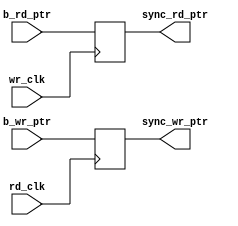
module Synchronizer (
    input wire wr_clk,
    input wire rd_clk,
    input wire [N-1:0] b_wr_ptr,
    input wire [N-1:0] b_rd_ptr,
    output reg [N-1:0] sync_wr_ptr,
    output reg [N-1:0] sync_rd_ptr
);
    parameter N = 4;

    always @(posedge rd_clk) begin
        sync_wr_ptr <= b_wr_ptr;
    end

    always @(posedge wr_clk) begin
        sync_rd_ptr <= b_rd_ptr;
    end
endmodule